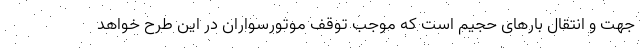
جهت و انتقال بارهای حجیم است که موجب توقف موتورسواران در این طرح خواهد